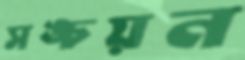
সঙ্চয়ন